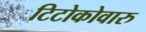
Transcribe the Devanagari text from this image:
टिटोकोवारु